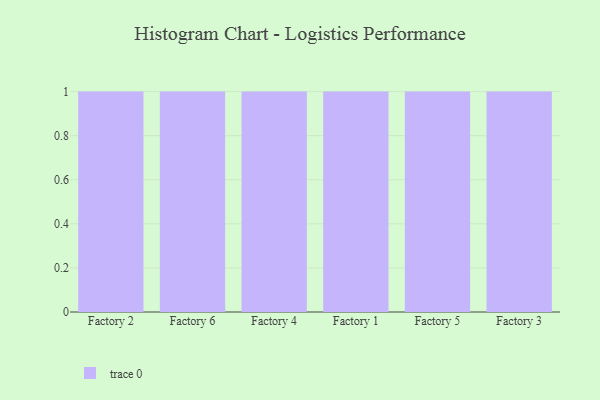
{"axis": {"x": "Factory", "y": "Bounce Rate (%)"}, "legend": [""], "data": [{"x": "Factory 2", "y": 61, "type": ""}, {"x": "Factory 6", "y": 56, "type": ""}, {"x": "Factory 4", "y": 59, "type": ""}, {"x": "Factory 1", "y": 65, "type": ""}, {"x": "Factory 5", "y": 50, "type": ""}, {"x": "Factory 3", "y": 100, "type": ""}]}